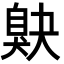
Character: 𦤕